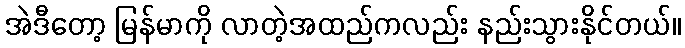
အဲဒီတော့ မြန်မာကို လာတဲ့အထည်ကလည်း နည်းသွားနိုင်တယ်။